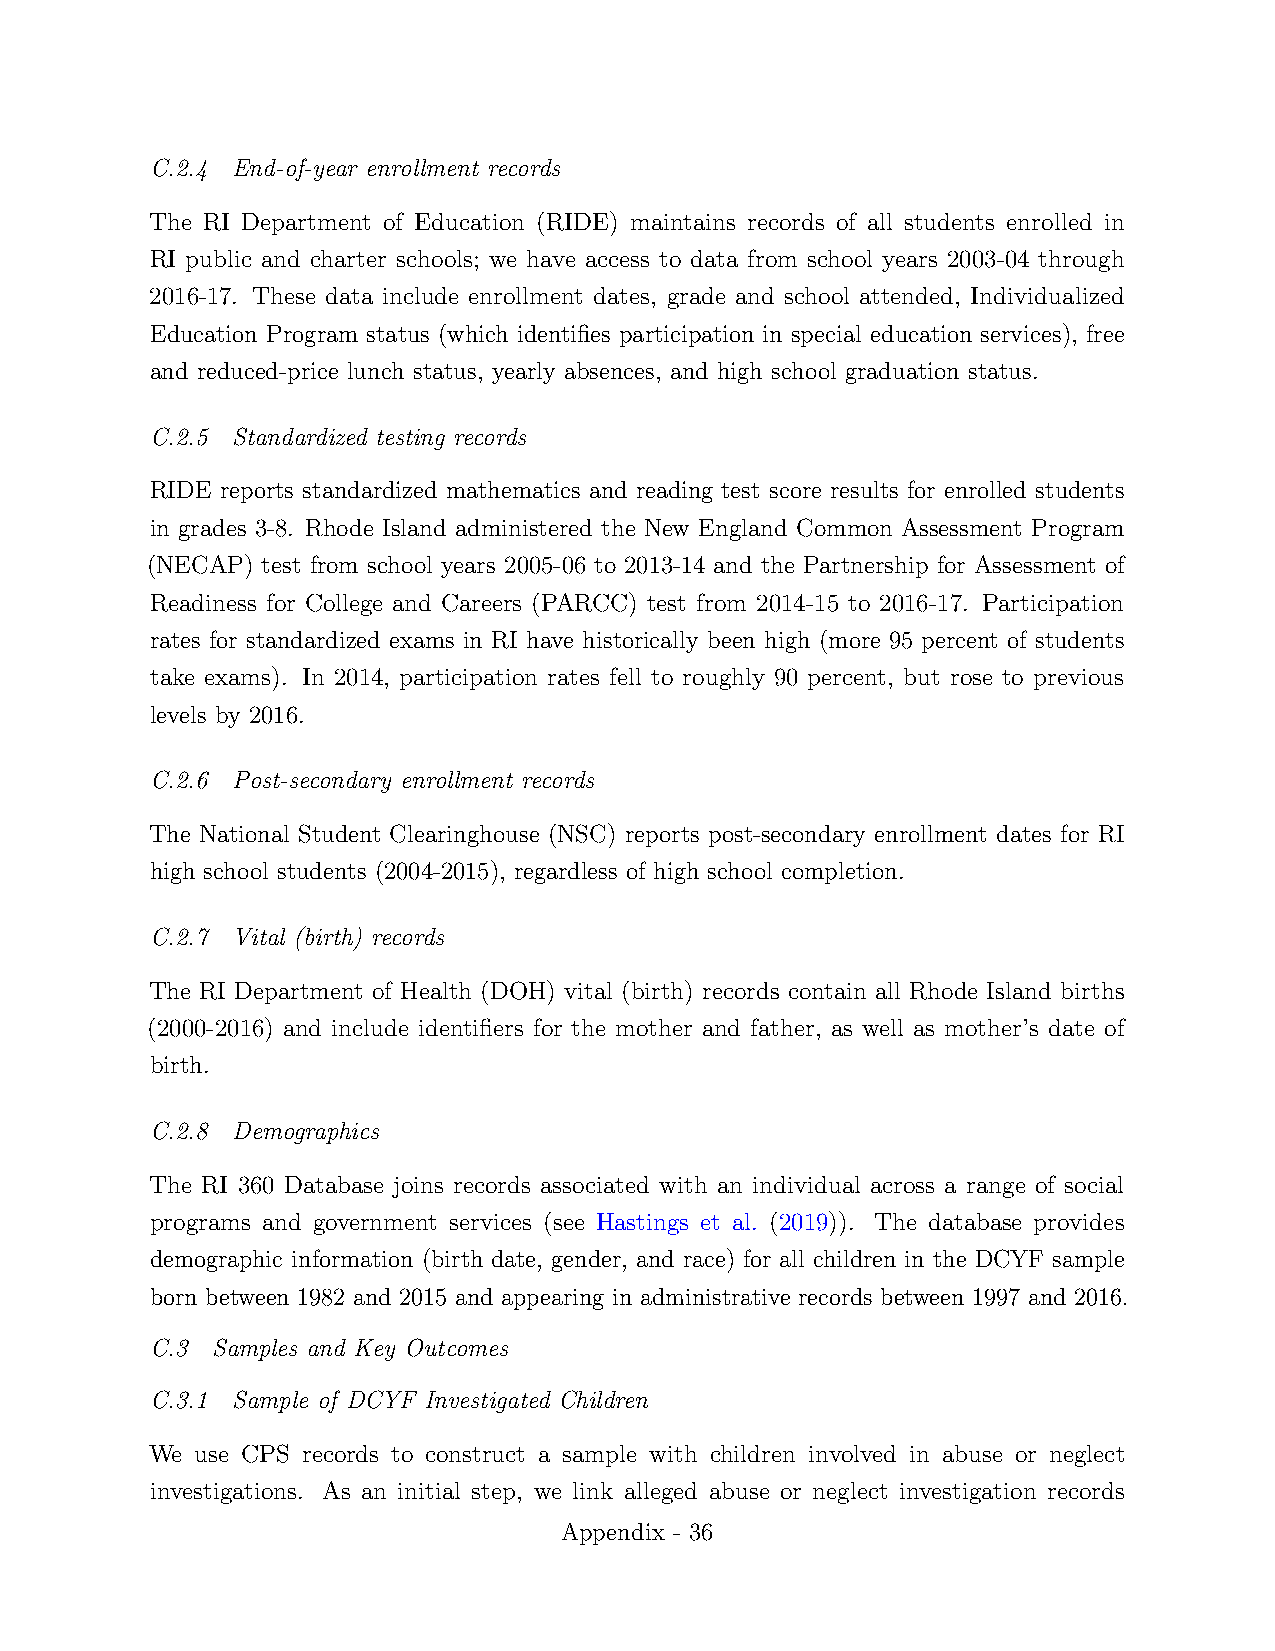
C.2.4 End-of-year enrollment records
 The RI Department of Education (RIDE) maintains records of all students enrolled in
 RI public and charter schools; we have access to data from school years 2003-04 through
 2016-17. These data include enrollment dates, grade and school attended, Individualized
 Education Program status (which identifies participation in special education services), free
 and reduced-price lunch status, yearly absences, and high school graduation status.
 C.2.5 Standardized testing records
 RIDE reports standardized mathematics and reading test score results for enrolled students
 in grades 3-8. Rhode Island administered the New England Common Assessment Program
 (NECAP) test from school years 2005-06 to 2013-14 and the Partnership for Assessment of
 Readiness for College and Careers (PARCC) test from 2014-15 to 2016-17. Participation
 rates for standardized exams in RI have historically been high (more 95 percent of students
 take exams). In 2014, participation rates fell to roughly 90 percent, but rose to previous
 levels by 2016.
 C.2.6 Post-secondary enrollment records
 The National Student Clearinghouse (NSC) reports post-secondary enrollment dates for RI
 high school students (2004-2015), regardless of high school completion.
 C.2.7 Vital (birth) records
 The RI Department of Health (DOH) vital (birth) records contain all Rhode Island births
 (2000-2016) and include identifiers for the mother and father, as well as mother’s date of
 birth.
 C.2.8 Demographics
 The RI 360 Database joins records associated with an individual across a range of social
 programs and government services (see Hastings et al. (2019)). The database provides
 demographic information (birth date, gender, and race) for all children in the DCYF sample
 born between 1982 and 2015 and appearing in administrative records between 1997 and 2016.
 C.3 Samples and Key Outcomes
 C.3.1 Sample of DCYF Investigated Children
 We use CPS records to construct a sample with children involved in abuse or neglect
 investigations. As an initial step, we link alleged abuse or neglect investigation records
 Appendix - 36